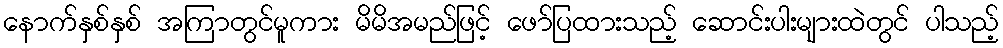
နောက်နှစ်နှစ် အကြာတွင်မူကား မိမိအမည်ဖြင့် ဖော်ပြထားသည့် ဆောင်းပါးများထဲတွင် ပါသည့်